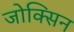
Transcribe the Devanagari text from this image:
जोक्सिन